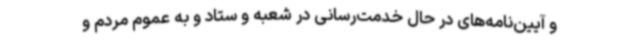
و آیین‌نامه‌های در حال خدمت‌رسانی در شعبه و ستاد و به عموم مردم و